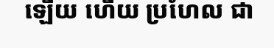
ឡើយ ហើយ ប្រហែល ជា